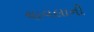
ચાવલાની